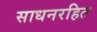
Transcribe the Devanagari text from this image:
साधनरहित